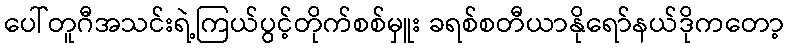
ပေါ်တူဂီအသင်းရဲ့ကြယ်ပွင့်တိုက်စစ်မှူး ခရစ်စတီယာနိုရော်နယ်ဒိုကတော့